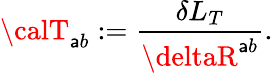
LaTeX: {\calT}_{\mathsf{a}b}:=\frac{{\delta{L}_{T}}}{{\deltaR^{\mathsf{a}b}}}.